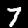
Label: 7